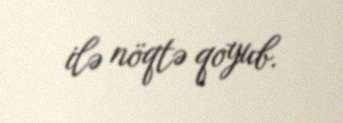
ilə nöqtə qoyub.